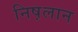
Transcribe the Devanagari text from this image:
निष़लान